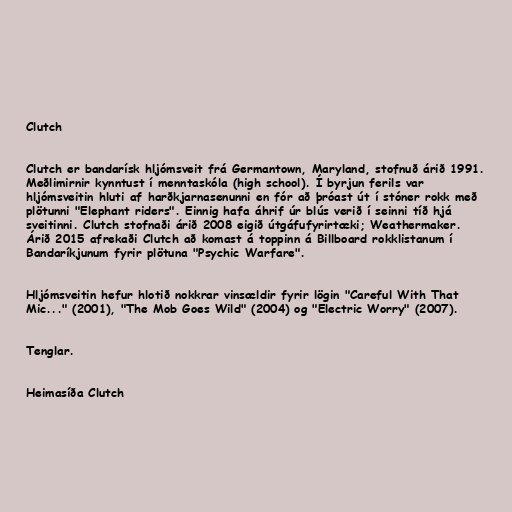
Clutch

Clutch er bandarísk hljómsveit frá Germantown, Maryland, stofnuð árið 1991.
Meðlimirnir kynntust í menntaskóla (high school). Í byrjun ferils var
hljómsveitin hluti af harðkjarnasenunni en fór að þróast út í stóner rokk með
plötunni "Elephant riders". Einnig hafa áhrif úr blús verið í seinni tíð hjá
sveitinni. Clutch stofnaði árið 2008 eigið útgáfufyrirtæki; Weathermaker.
Árið 2015 afrekaði Clutch að komast á toppinn á Billboard rokklistanum í
Bandaríkjunum fyrir plötuna "Psychic Warfare".

Hljómsveitin hefur hlotið nokkrar vinsældir fyrir lögin "Careful With That
Mic..." (2001), "The Mob Goes Wild" (2004) og "Electric Worry" (2007).

Tenglar.

Heimasíða Clutch